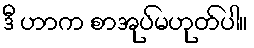
ဒီ ဟာက စာအုပ်မဟုတ်ပါ။